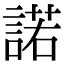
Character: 諾